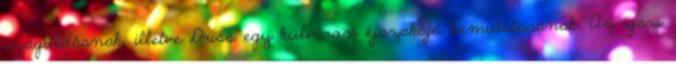
száguldásnak, illetve Driss egy külvárosi éjszakája bemutatásának. Az igazi